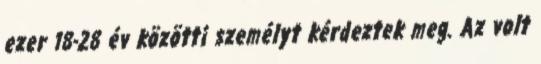
ezer 18-28 év közötti személyt kérdeztek meg. Az volt